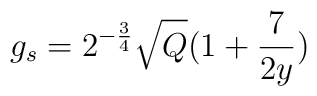
g_{s} = 2^{-\frac{3}{4}} \sqrt{Q}(1+\frac{7}{2y})